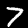
Label: 7